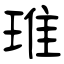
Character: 琟